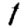
Digit: 1